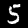
Digit: 5